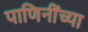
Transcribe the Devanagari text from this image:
पाणिनींच्या